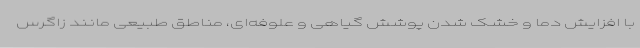
با افزایش دما و خشک شدن پوشش گیاهی و علوفه‌ای، مناطق طبیعی مانند زاگرس